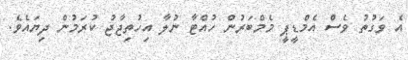
އެ ވަގުތު ވެސް އެމްޑީޕީ މެމްބަރުން ހުއްޓާ ނުލާ އިހުތިޖާޖު ކުރަމުން ދިޔައެވެ.